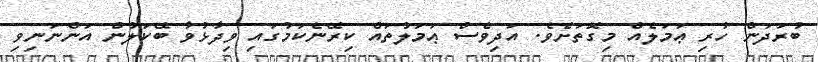
ބުރަދަން ހުރި ޢަމަލެއް މިގޮތަށެވެ. އަދިވެސް ޢަމަލުތައް ކިރޭނެކަމުގައި ވިދާޅުވާ ބޭކަލުން އަންނަނިވި